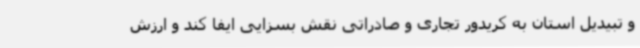
و تبیدیل استان به کریدور تجاری و صادراتی نقش بسزایی ایفا کند و ارزش